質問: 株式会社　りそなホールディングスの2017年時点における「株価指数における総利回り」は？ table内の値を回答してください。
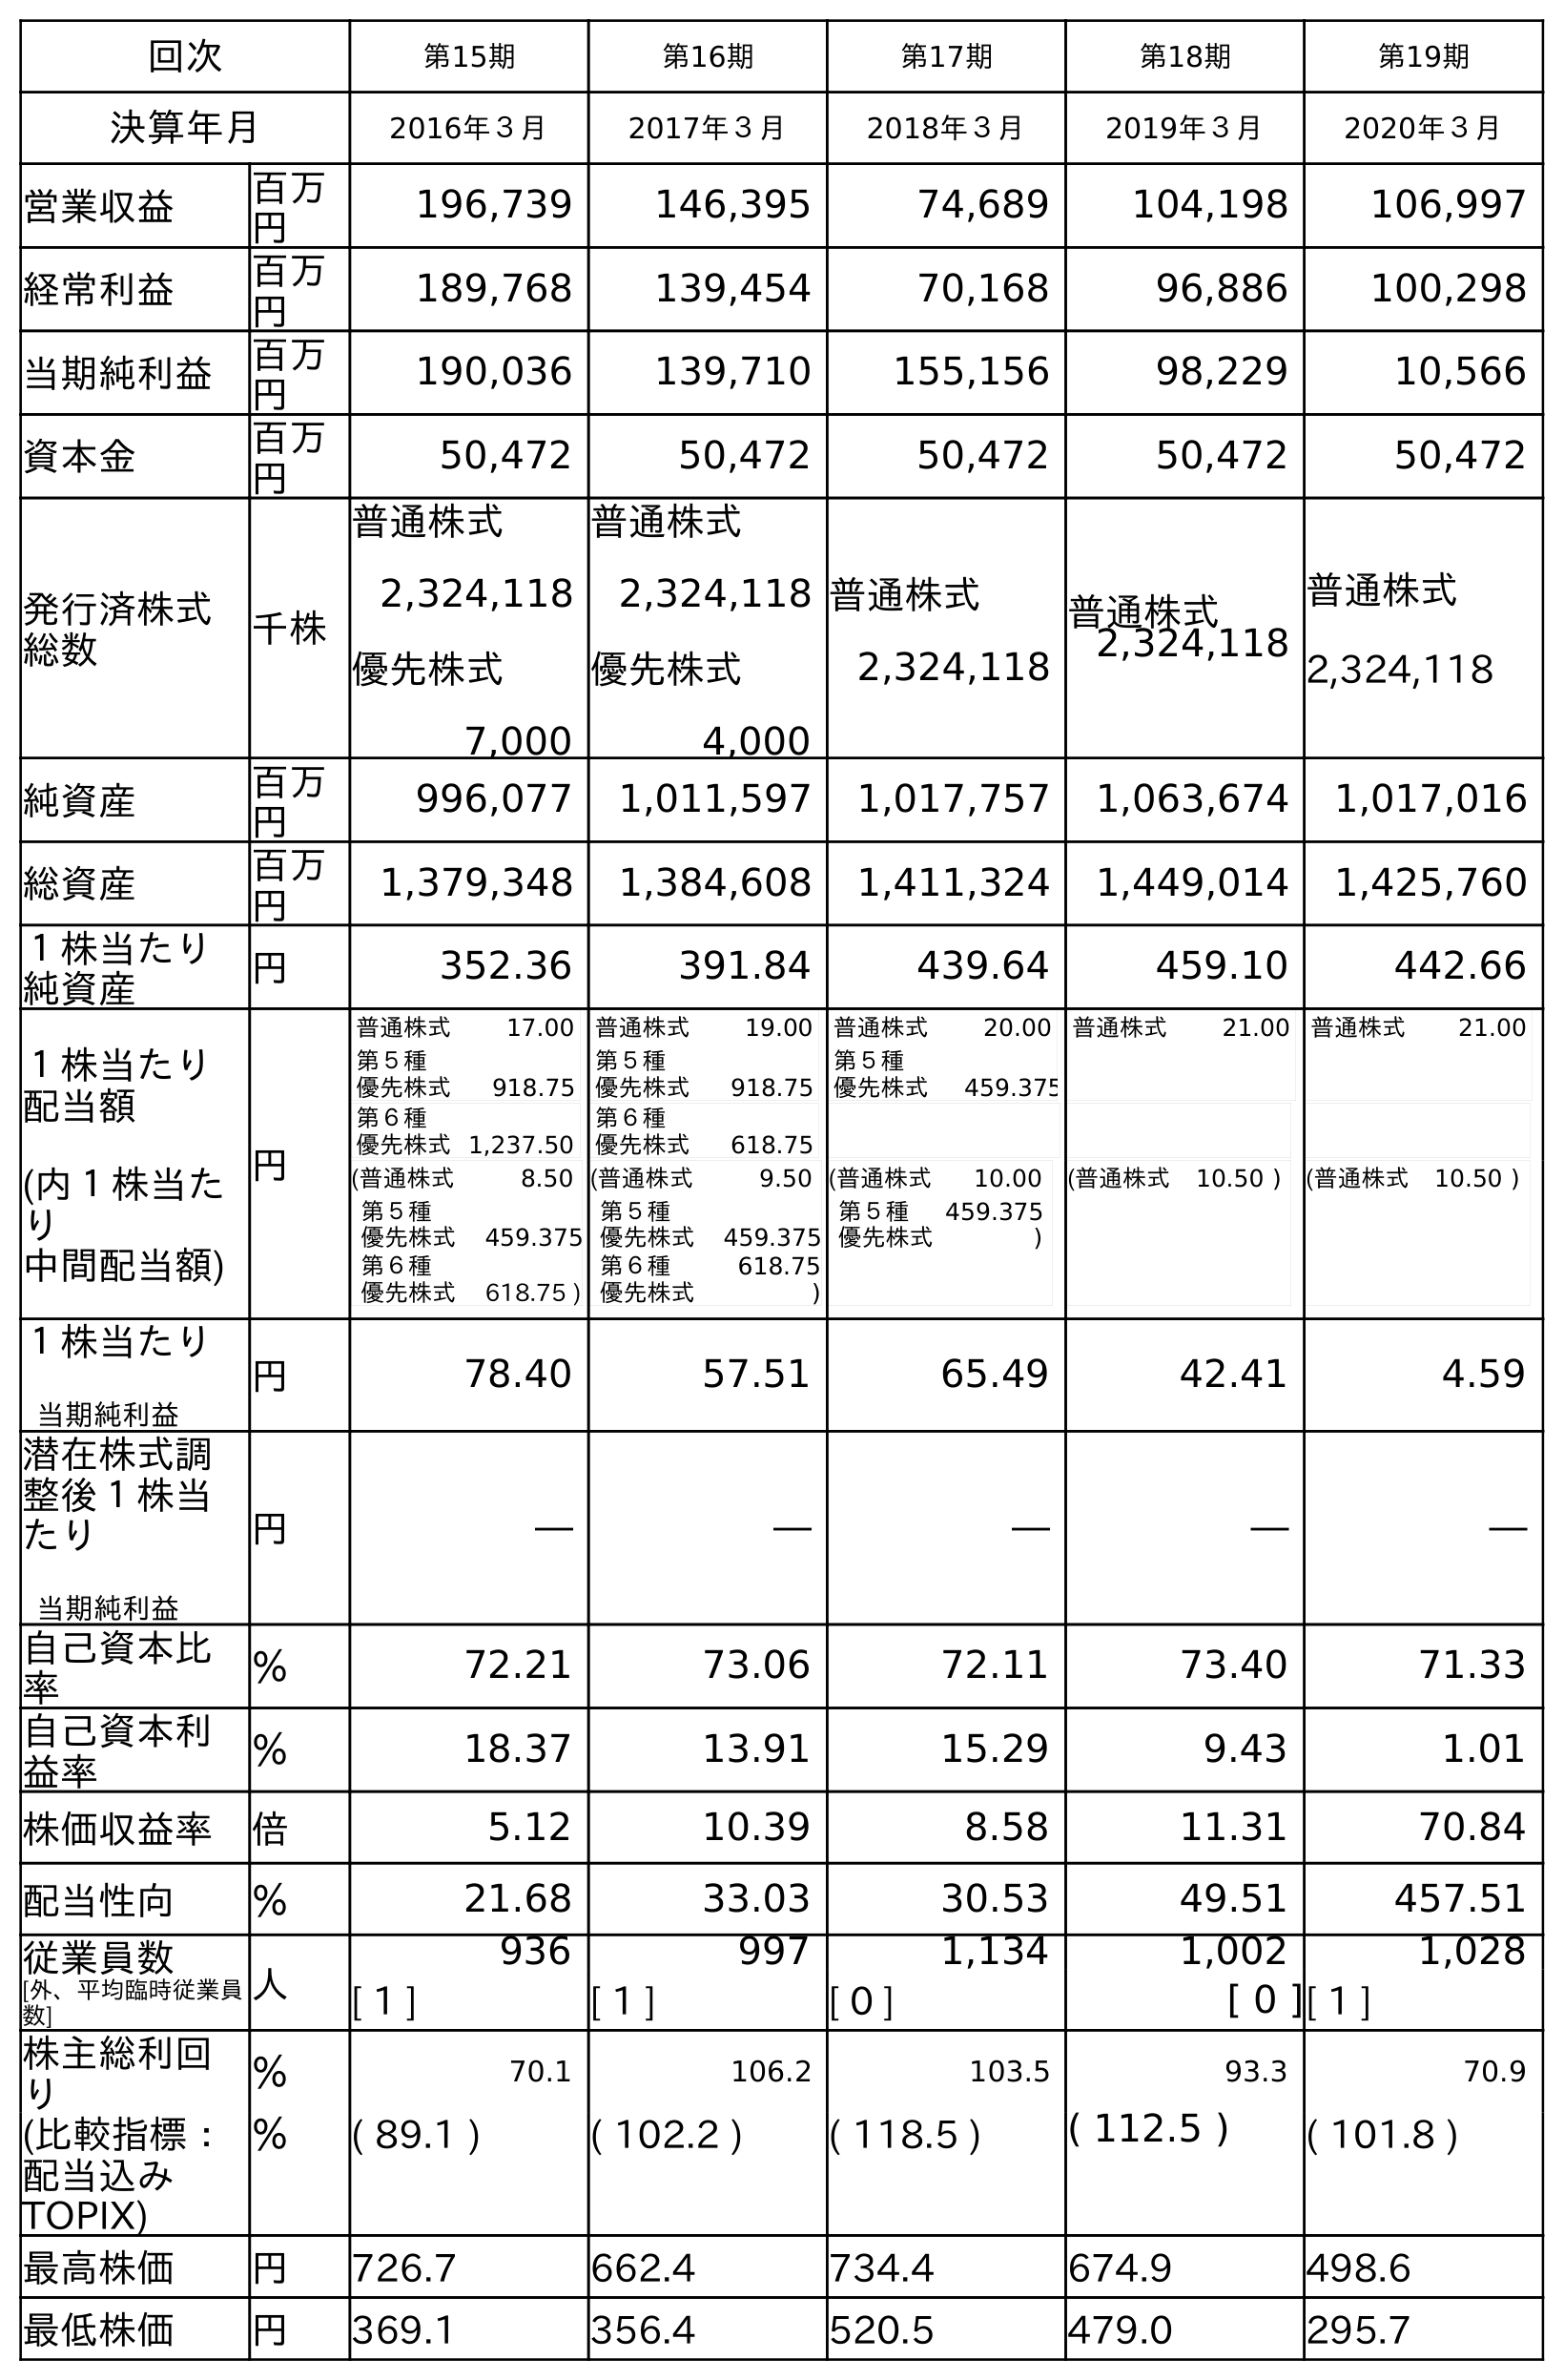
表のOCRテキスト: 回次 第15期 第16期 第17期 第18期 第19期 決算年月 2016年３月 2017年３月 2018年３月 2019年３月 2020年３月 営業収益 百万 円 196,739 146,395 74,689 104,198 106,997 経常利益 百万 円 189,768 139,454 70,168 96,886 100,298 当期純利益 百万 円 190,036 139,710 155,156 98,229 10,566 資本金 百万 円 50,472 50,472 50,472 50,472 50,472 発行済株式 総数 千株 普通株式 2,324,118 優先株式 7,000 普通株式 2,324,118 優先株式 4,000 普通株式 2,324,118 普通株式 2,324,118 普通株式 2,324,118 純資産 百万 円 996,077 1,011,597 1,017,757 1,063,674 1,017,016 総資産 百万 円 1,379,348 1,384,608 1,411,324 1,449,014 1,425,760 １株当たり 純資産 円 352.36 391.84 439.64 459.10 442.66 １株当たり 配当額 (内１株当た り 中間配当額) 円 普通株式 17.00 第５種 優先株式 918.75 第６種 優先株式1,237.50 普通株式 19.00 第５種 優先株式 918.75 第６種 優先株式 618.75 普通株式 20.00 第５種 優先株式 459.375 普通株式 21.00 普通株式 21.00 (普通株式 8.50 第５種 優先株式 459.375 第６種 優先株式 618.75 ) (普通株式 9.50 第５種 優先株式 459.375 第６種 優先株式 618.75 ) (普通株式 10.00 第５種 優先株式 459.375 ) (普通株式 10.50 ) (普通株式 10.50 ) １株当たり 当期純利益 円 78.40 57.51 65.49 42.41 4.59 潜在株式調 整後１株当 たり 当期純利益 円 ― ― ― ― ― 自己資本比 率 ％ 72.21 73.06 72.11 73.40 71.33 自己資本利 益率 ％ 18.37 13.91 15.29 9.43 1.01 株価収益率 倍 5.12 10.39 8.58 11.31 70.84 配当性向 ％ 21.68 33.03 30.53 49.51 457.51 従業員数 [外、平均臨時従業員 数] 人 936 997 1,134 1,002 1,028 [ 1 ] [ 1 ] [ 0 ] [ 0 ][ 1 ] 株主総利回 り ％ 70.1 106.2 103.5 93.3 70.9 (比較指標： 配当込み TOPIX) ％ ( 89.1 ) ( 102.2 ) ( 118.5 ) ( 112.5 ) ( 101.8 ) 最高株価 円 726.7 662.4 734.4 674.9 498.6 最低株価 円 369.1 356.4 520.5 479.0 295.7
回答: (102.2)